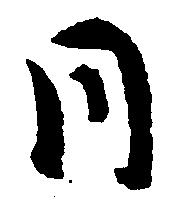
同